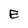
Character: E